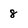
Character: 8